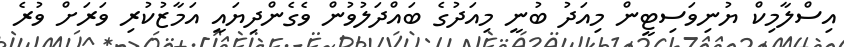
އިސްލާމިކް ޔުނިވަސިޓީން މިއަދު ބުނީ މިއަދުގެ ބައްދަލުވުން ވެގެންދިޔައީ އަމާޒުކުރި ވަރަށް ވުރެ